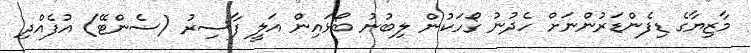
މާޒިޔާގެ ޑިފެންޑަރުންނަށް ހެދުނު ގޯހަކުން ލިބުނު ބޯޅައިން އަލީ ފާސިރު (ސެންޓޭ) އުފެއްދި